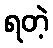
ရတဲ့